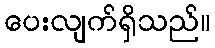
ပေးလျက်ရှိသည်။